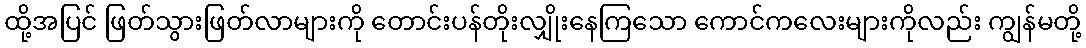
ထို့အပြင် ဖြတ်သွားဖြတ်လာများကို တောင်းပန်တိုးလျှိုးနေကြသော ကောင်ကလေးများကိုလည်း ကျွန်မတို့